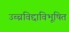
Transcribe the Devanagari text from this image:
उच्चविद्दाविभूषित